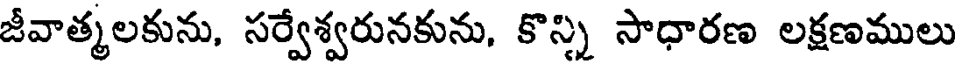
జీవాత్మలకును, సర్వేశ్వరునకును, కొన్ని సాధారణ లక్షణములు